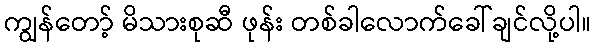
ကျွန်တော့် မိသားစုဆီ ဖုန်း တစ်ခါလောက်ခေါ်ချင်လို့ပါ။